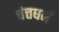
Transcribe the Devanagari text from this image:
चैत्तधर्म